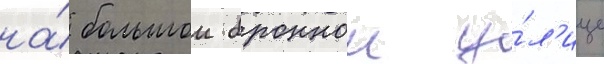
на́ большои броннои у́л'ице